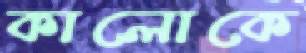
কালোকে